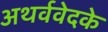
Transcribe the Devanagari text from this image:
अथर्ववेदके